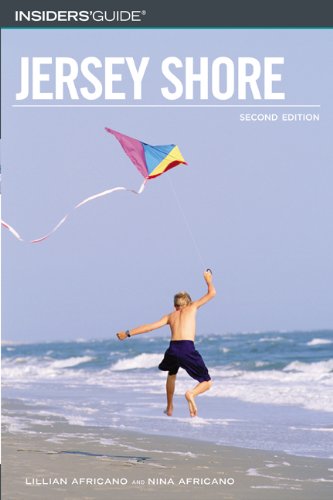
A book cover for Insiders' Guide to the Jersey Shore, 2nd (Insiders' Guide Series); Lillian Africano; Travel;